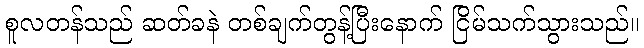
စူလတန်သည် ဆတ်ခနဲ တစ်ချက်တွန့်ပြီးနောက် ငြိမ်သက်သွားသည်။